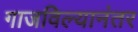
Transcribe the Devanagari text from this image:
गाजविल्यानंतर